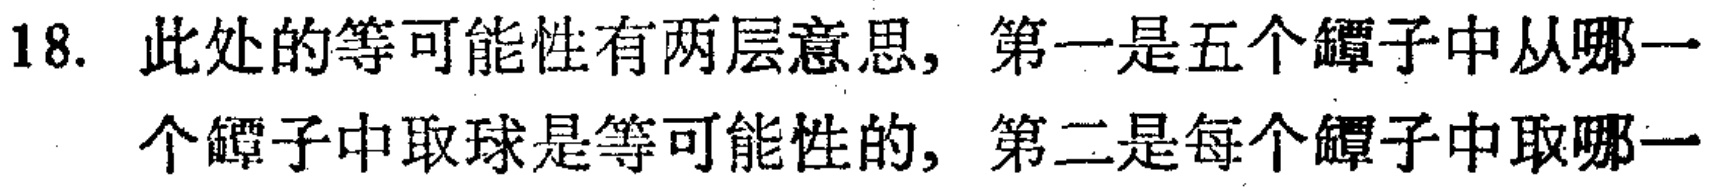
18. 此处的等可能性有两层意思, 第一是五个罈子中从哪一个罈子中取球是等可能性的, 第二是每个罈子中取哪一